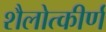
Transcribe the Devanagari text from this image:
शैलोत्कीर्ण